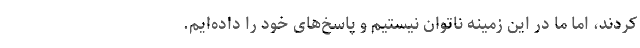
کردند، اما ما در این زمینه ناتوان نیستیم و پاسخ‌های خود را داده‌ایم.